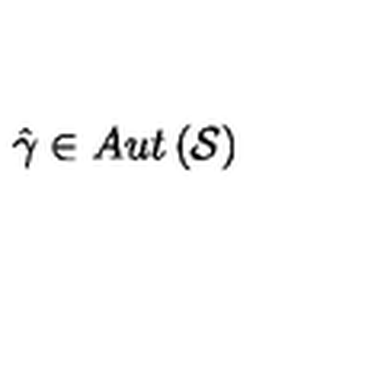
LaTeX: \hat { \gamma } \in A u t \left( \mathcal { S } \right)